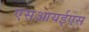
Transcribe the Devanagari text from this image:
एसआयईएस